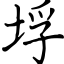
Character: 垺